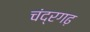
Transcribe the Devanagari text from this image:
चंद्रगढ़